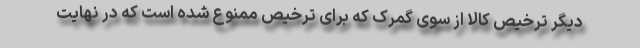
دیگر ترخیص کالا از سوی گمرک که برای ترخیص ممنوع شده است که در نهایت